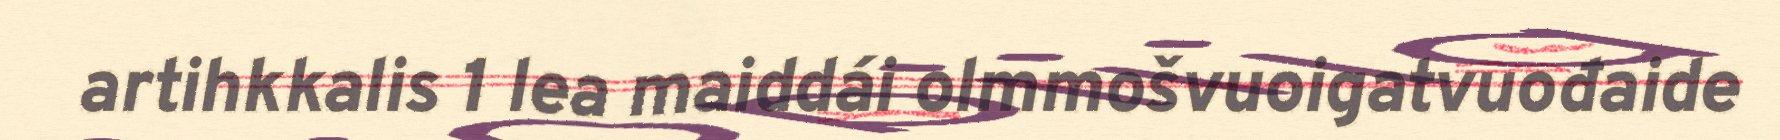
artihkkalis 1 lea maiddái olmmošvuoigatvuođaide